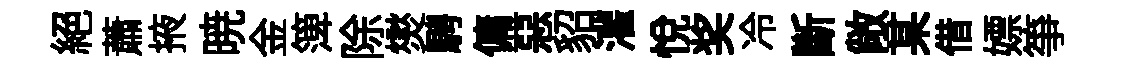
絕蕭掖暁金𥱼除爕騁傭惡貂灌悅奖冷斷敞某借嫖箏